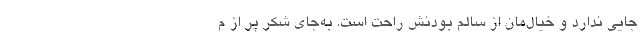
جایی ندارد و خیال‌مان از سالم‌ بودنش راحت است. به‌جای شکر پر از م